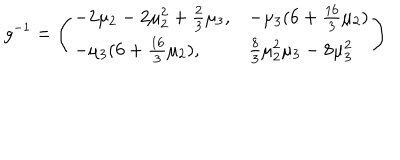
g ^ { - 1 } = \left( \begin{array} { l l } { { - 2 \mu _ { 2 } - 2 \mu _ { 2 } ^ { 2 } + \frac 2 3 \mu _ { 3 } , } } & { { - \mu _ { 3 } ( 6 + \frac { 1 6 } { 3 } \mu _ { 2 } ) } } \\ { { - \mu _ { 3 } ( 6 + \frac { 1 6 } { 3 } \mu _ { 2 } ) , } } & { { \frac 8 3 \mu _ { 2 } ^ { 2 } \mu _ { 3 } - 8 \mu _ { 3 } ^ { 2 } } } \\ \end{array} \right)